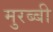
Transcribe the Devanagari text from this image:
मुरब्बी